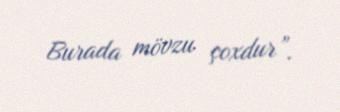
Burada mövzu çoxdur”.